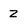
Character: Z